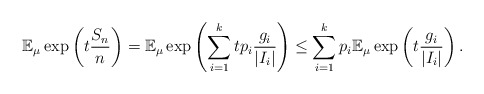
\begin{align*}\mathbb E_{\mu} \exp \left( t \frac{S_n}{n} \right) = \mathbb E_{\mu} \exp \left( \sum_{i=1}^k t p_i \frac{g_i}{|I_i|} \right) \leq \sum_{i=1}^k p_i \mathbb E_{\mu} \exp \left( t \frac{g_i}{|I_i|} \right).\end{align*}